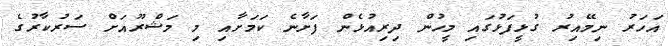
އަހަރު ނިމޭއިރު ގުޅީފަޅުގައި މީހުން ދިރިއުޅެން ފަށާނެ ކަމަށާއި މި މަޝްރޫއަށް ސަރުކާރުގެ